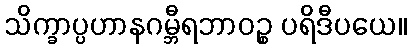
သိက္ခာပ္ပဟာနဂမ္ဘီရဘာဝဉ္စ ပရိဒီပယေ။